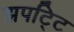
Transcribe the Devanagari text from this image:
झपट्टि